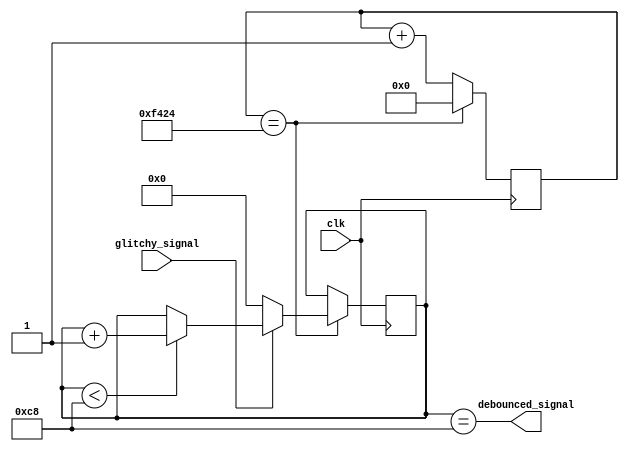
module debouncer #(
    parameter WIDTH              = 1,
    parameter SAMPLE_CNT_MAX     = 62500,
    parameter PULSE_CNT_MAX      = 200,
    parameter WRAPPING_CNT_WIDTH = $clog2(SAMPLE_CNT_MAX),
    parameter SAT_CNT_WIDTH      = $clog2(PULSE_CNT_MAX) + 1
) (
    input clk,
    input [WIDTH-1:0] glitchy_signal,
    output [WIDTH-1:0] debounced_signal
);
    // TODO: fill in neccesary logic to implement the wrapping counter and the saturating counters
    // Some initial code has been provided to you, but feel free to change it however you like
    // One wrapping counter is required, one saturating counter is needed for each bit of glitchy_signal
    // You need to think of the conditions for reseting, clock enable, etc. those registers
    // Refer to the block diagram in the spec

    // Remove this line once you have created your debouncer
    // assign debounced_signal = 0;

    reg [WRAPPING_CNT_WIDTH-1:0] wrapping_counter = 0;
    wire spg_pulse;
    
    // Wrapping counter to check sample pulse generator
    always @(posedge clk) begin
        if (wrapping_counter == SAMPLE_CNT_MAX) begin 
            wrapping_counter <= 0;
        end
        else begin
            wrapping_counter <= wrapping_counter + 1;
        end
    end
    assign spg_pulse = (wrapping_counter == SAMPLE_CNT_MAX);

    reg [SAT_CNT_WIDTH-1:0] saturating_counter [WIDTH-1:0];

    genvar i;
    generate 
        for (i = 0; i < WIDTH; i = i + 1) begin : saturating_counter_gen
            always @(posedge clk) begin
                if (spg_pulse) begin                            // sample pusle = 1
                    if (glitchy_signal[i]) begin                //input sign == 1
                        if (saturating_counter[i] < PULSE_CNT_MAX) begin
                            saturating_counter[i] <= saturating_counter[i] + 1'b1; 
                        end
                    end
                    else begin                                  // input signal == 0
                        saturating_counter[i] <= 0;                       
                    end
                end
                
            end
        end
    endgenerate

    generate
        for (i=0; i < WIDTH; i = i + 1) begin : debounced_signal_gen
            assign debounced_signal[i] = (saturating_counter[i] == PULSE_CNT_MAX);
        end
    endgenerate
    

    
endmodule